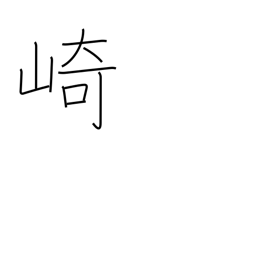
Meaning: promontory